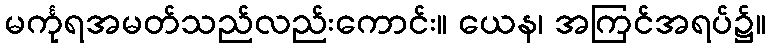
မင်္ကုရအမတ်သည်လည်းကောင်း။ ယေန၊ အကြင်အရပ်၌။